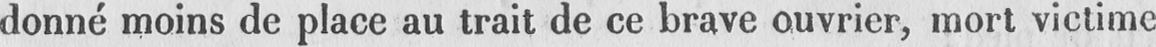
donné moins de place au trait de ce brave ouvrier, mort victime